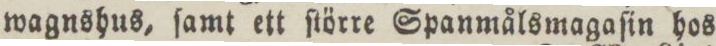
wagnshus, ſamt ett ſtörre Spanmålsmagaſin hos